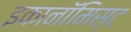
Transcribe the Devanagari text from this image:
इकानॉमिस्ट